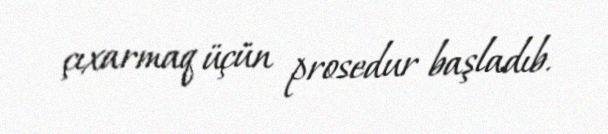
çıxarmaq üçün prosedur başladıb.